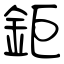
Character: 鉅